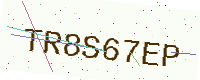
Text: TR8S67EP